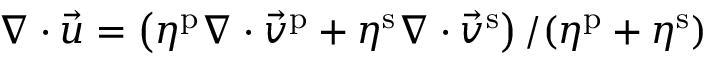
\nabla \cdot \vec { u } = \left( \eta ^ { \mathrm { p } } \nabla \cdot \vec { v } ^ { \mathrm { p } } + \eta ^ { \mathrm { s } } \nabla \cdot \vec { v } ^ { \mathrm { s } } \right) / ( \eta ^ { \mathrm { p } } + \eta ^ { \mathrm { s } } )